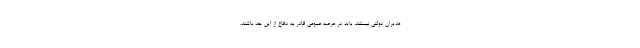
مدیران دولتی نیستند، باید در عرصه عمومی قادر به دفاع از این حد باشند.